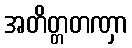
အတိတ္တတဏှာ